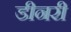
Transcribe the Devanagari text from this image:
डीनरी